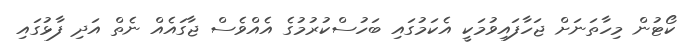
ކޯޓުން މިހާތަނަށް ޖަހާފައިވުމަކީ އެކަމުގައި ބަހުސްކުރުމުގެ އެއްވެސް ޖާގައެއް ނެތް އަދި ފާޅުގައި